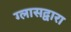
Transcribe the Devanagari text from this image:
ग्लासद्वारा